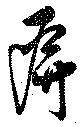
屏